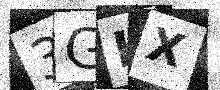
Text: 3GLX